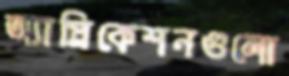
অ্যাপ্লিকেশনগুলো